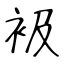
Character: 衱